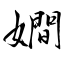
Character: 𡢃